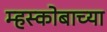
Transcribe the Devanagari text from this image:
म्हस्कोबाच्या